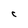
Character: C